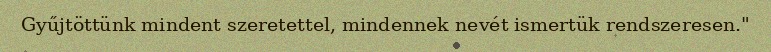
Gyűjtöttünk mindent szeretettel, min­dennek nevét ismertük rendszeresen."